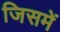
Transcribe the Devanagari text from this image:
जिसमें